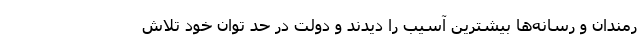
رمندان و رسانه‌ها بیشترین آسیب را دیدند و دولت در حد توان خود تلاش